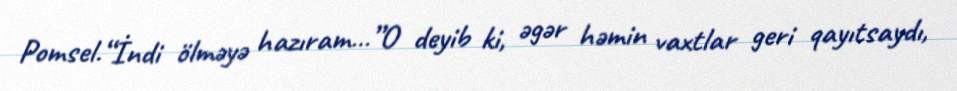
Pomsel.“İndi ölməyə hazıram…”O deyib ki, əgər həmin vaxtlar geri qayıtsaydı,